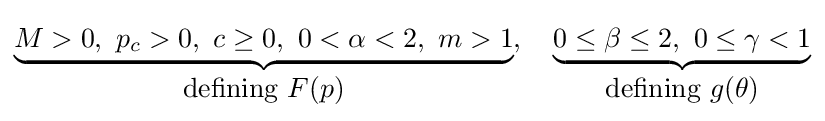
\underbrace {M>0,~p_{c}>0,~c\geq 0,~0<\alpha <2,~m>1} _{{\mbox{defining}}~\displaystyle {F(p)}},~~~\underbrace {0\leq \beta \leq 2,~0\leq \gamma <1} _{{\mbox{defining}}~\displaystyle {g(\theta )}}